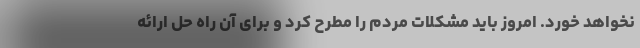
نخواهد خورد. امروز باید مشکلات مردم را مطرح کرد و برای آن راه حل ارائه